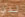
لدي